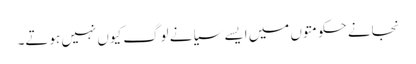
نجانے حکومتوں میں ایسے سیانے لوگ کیوں نہیں ہوتے۔